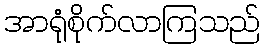
အာရုံစိုက်လာကြသည်